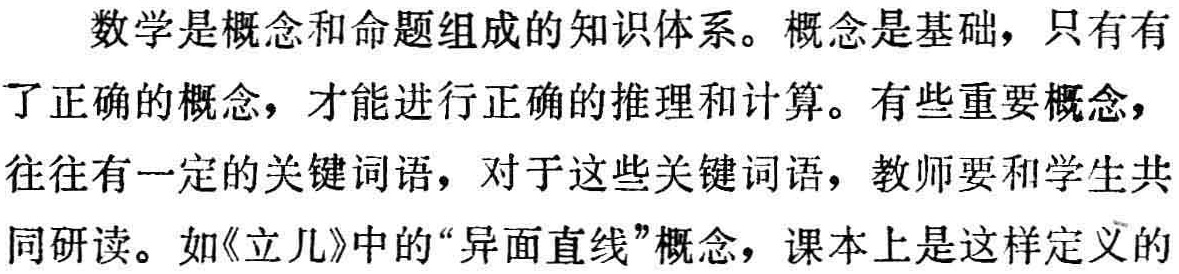
数学是概念和命题组成的知识体系。概念是基础，只有有了正确的概念，才能进行正确的推理和计算。有些重要概念，往往有一定的关键词语，对于这些关键词语，教师要和学生共同研读。如《立几》中的“异面直线”概念，课本上是这样定义的